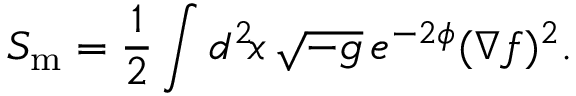
S _ { \mathrm { m } } = \frac { 1 } { 2 } \int d ^ { 2 } \! x \, \sqrt { - g } \, e ^ { - 2 \phi } ( \nabla f ) ^ { 2 } .